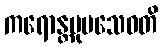
ကရောန္တမုပသေဝတိ